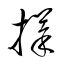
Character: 擇